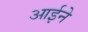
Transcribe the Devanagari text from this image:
आर्इने